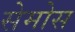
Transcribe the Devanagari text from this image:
सेमोस